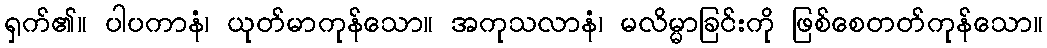
ရှက်၏။ ပါပကာနံ၊ ယုတ်မာကုန်သော။ အကုသလာနံ၊ မလိမ္မာခြင်းကို ဖြစ်စေတတ်ကုန်သော။